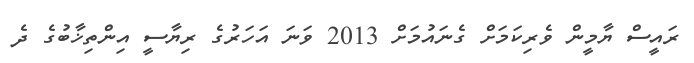
ރައީސް ޔާމީން ވެރިކަމަށް ގެނައުމަށް 2013 ވަނަ އަހަރުގެ ރިޔާސީ އިންތިޚާބުގެ ދެ